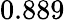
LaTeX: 0.889